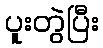
ပူးတွဲပြီး